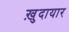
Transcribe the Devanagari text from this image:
ख़ुदायार